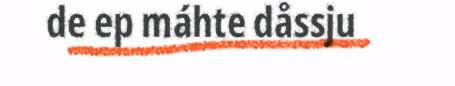
de ep máhte dåssju